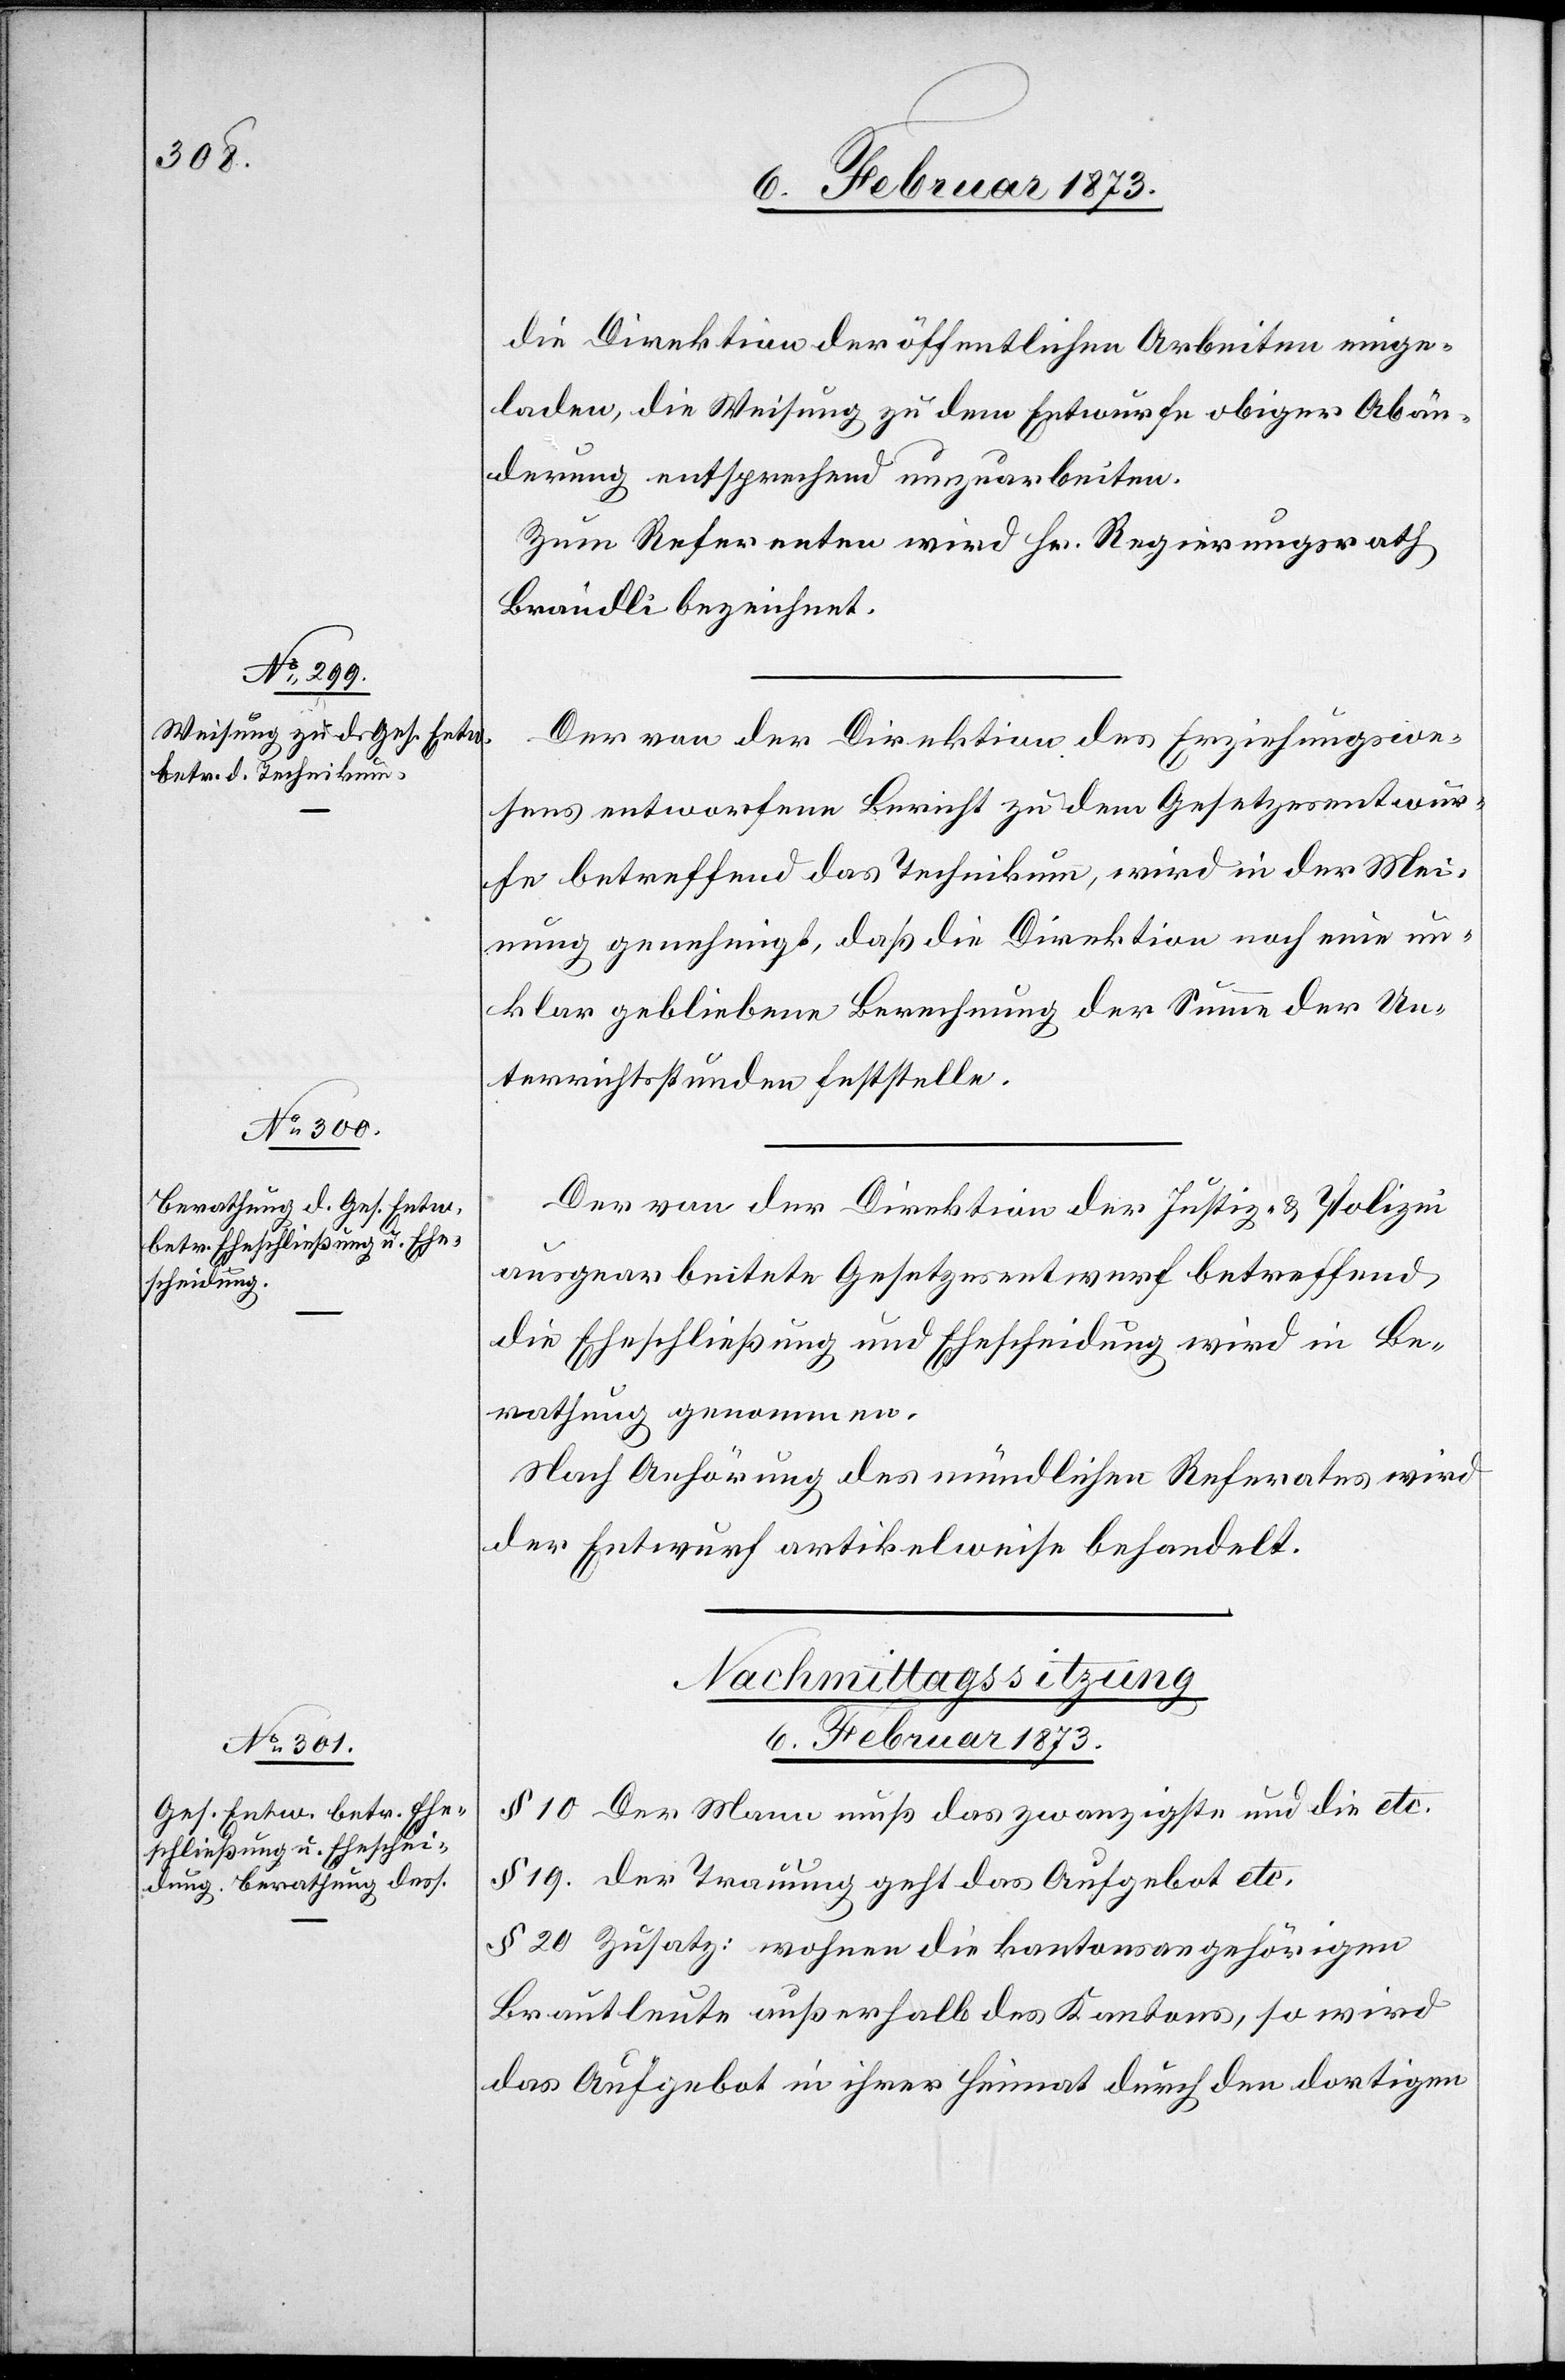
die Direktion der öffentlichen Arbeiten einge¬
laden, die Weisung zu dem Entwurfe obiger Abän¬
derung entsprechend einzuarbeiten.
Zum Referenten wird Hr. Regierungsrath
Brändli bezeichnet.
Der von der Direktion des Erziehungswe¬
sens entworfene Bericht zu dem Gesetzesentwur¬
fe betreffend das Technikum, wird in der Mei¬
nung genehmigt, daß die Direktion noch eine un¬
klar gebliebene Berechnung der Summe der Un¬
terrichtsstunden feststelle.
Der von der Direktion der Justiz u. Polizei
ausgearbeitete Gesetzesentwurf betreffend
die Eheschließung und Ehescheidung wird in Be¬
rathung genommen.
Nach Anhörung des mündlichen Referates wird
der Entwurf artikelweise behandelt.
§ 10 Der Mann muß das zwanzigste und die etc.
§ 19. der Trauung geht das Aufgebot etc.
§ 20 Zusatz: wohnen die Kantonsangehörigen
Brautleute außerhalb des Kantons, so wird
das Aufgebot in ihrer Heimat durch den dortigen